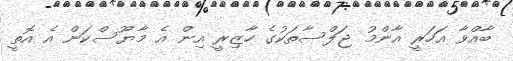
ބާއްވާ އަހަރީ އާންމު ޖަލްސާތަކުގެ ހާޒިރީ އިން އެ މާޔޫސްކަން އެ އޮތީ